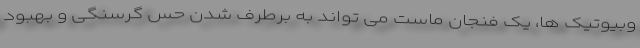
وبیوتیک ها، یک فنجان ماست می تواند به برطرف شدن حس گرسنگی و بهبود